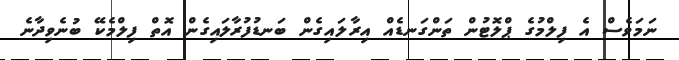
ނަމަވެސް އެ ފިލްމުގެ ޕްލޮޓުން ތަންގަނޑެއް އިރާލައިގެން ބަނޑުފުރާލައިގެން އޮތް ފިލްމެކޭ ބުނެވިދާނެ